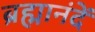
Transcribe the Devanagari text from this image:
ब्रह्मानंदें